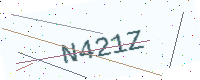
Text: N421Z